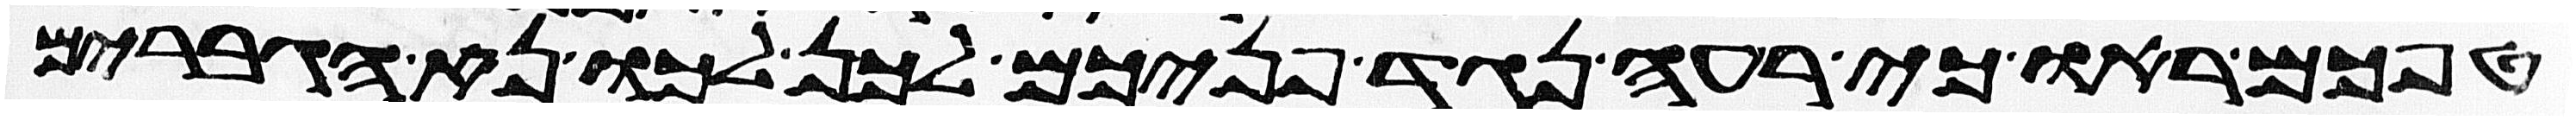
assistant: טפכם ראו כי רעה נגד פניכם לכן לכו נא הגברים